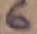
Text: 6